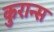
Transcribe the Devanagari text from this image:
कुरान्स